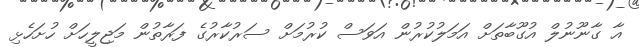
އާ ގާނޫނުލް އުގޫބާތަށް އަމަލުކުރުން އަވަސް ކުރުމަށް ސަރުކާރުގެ ފަރާތުން މަޖިލީހަށް ހުށަހެޅި